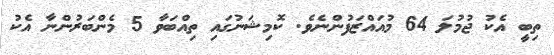
ތިބީ އެކު ޖުމުލަ 64 މުއައްޒަފުންނެވެ. ކޮމިޝަނުގައި ތިއްބަވާ 5 މެންބަރުންނާ އެކު